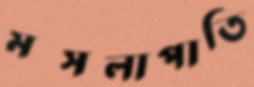
মসলাপাতি